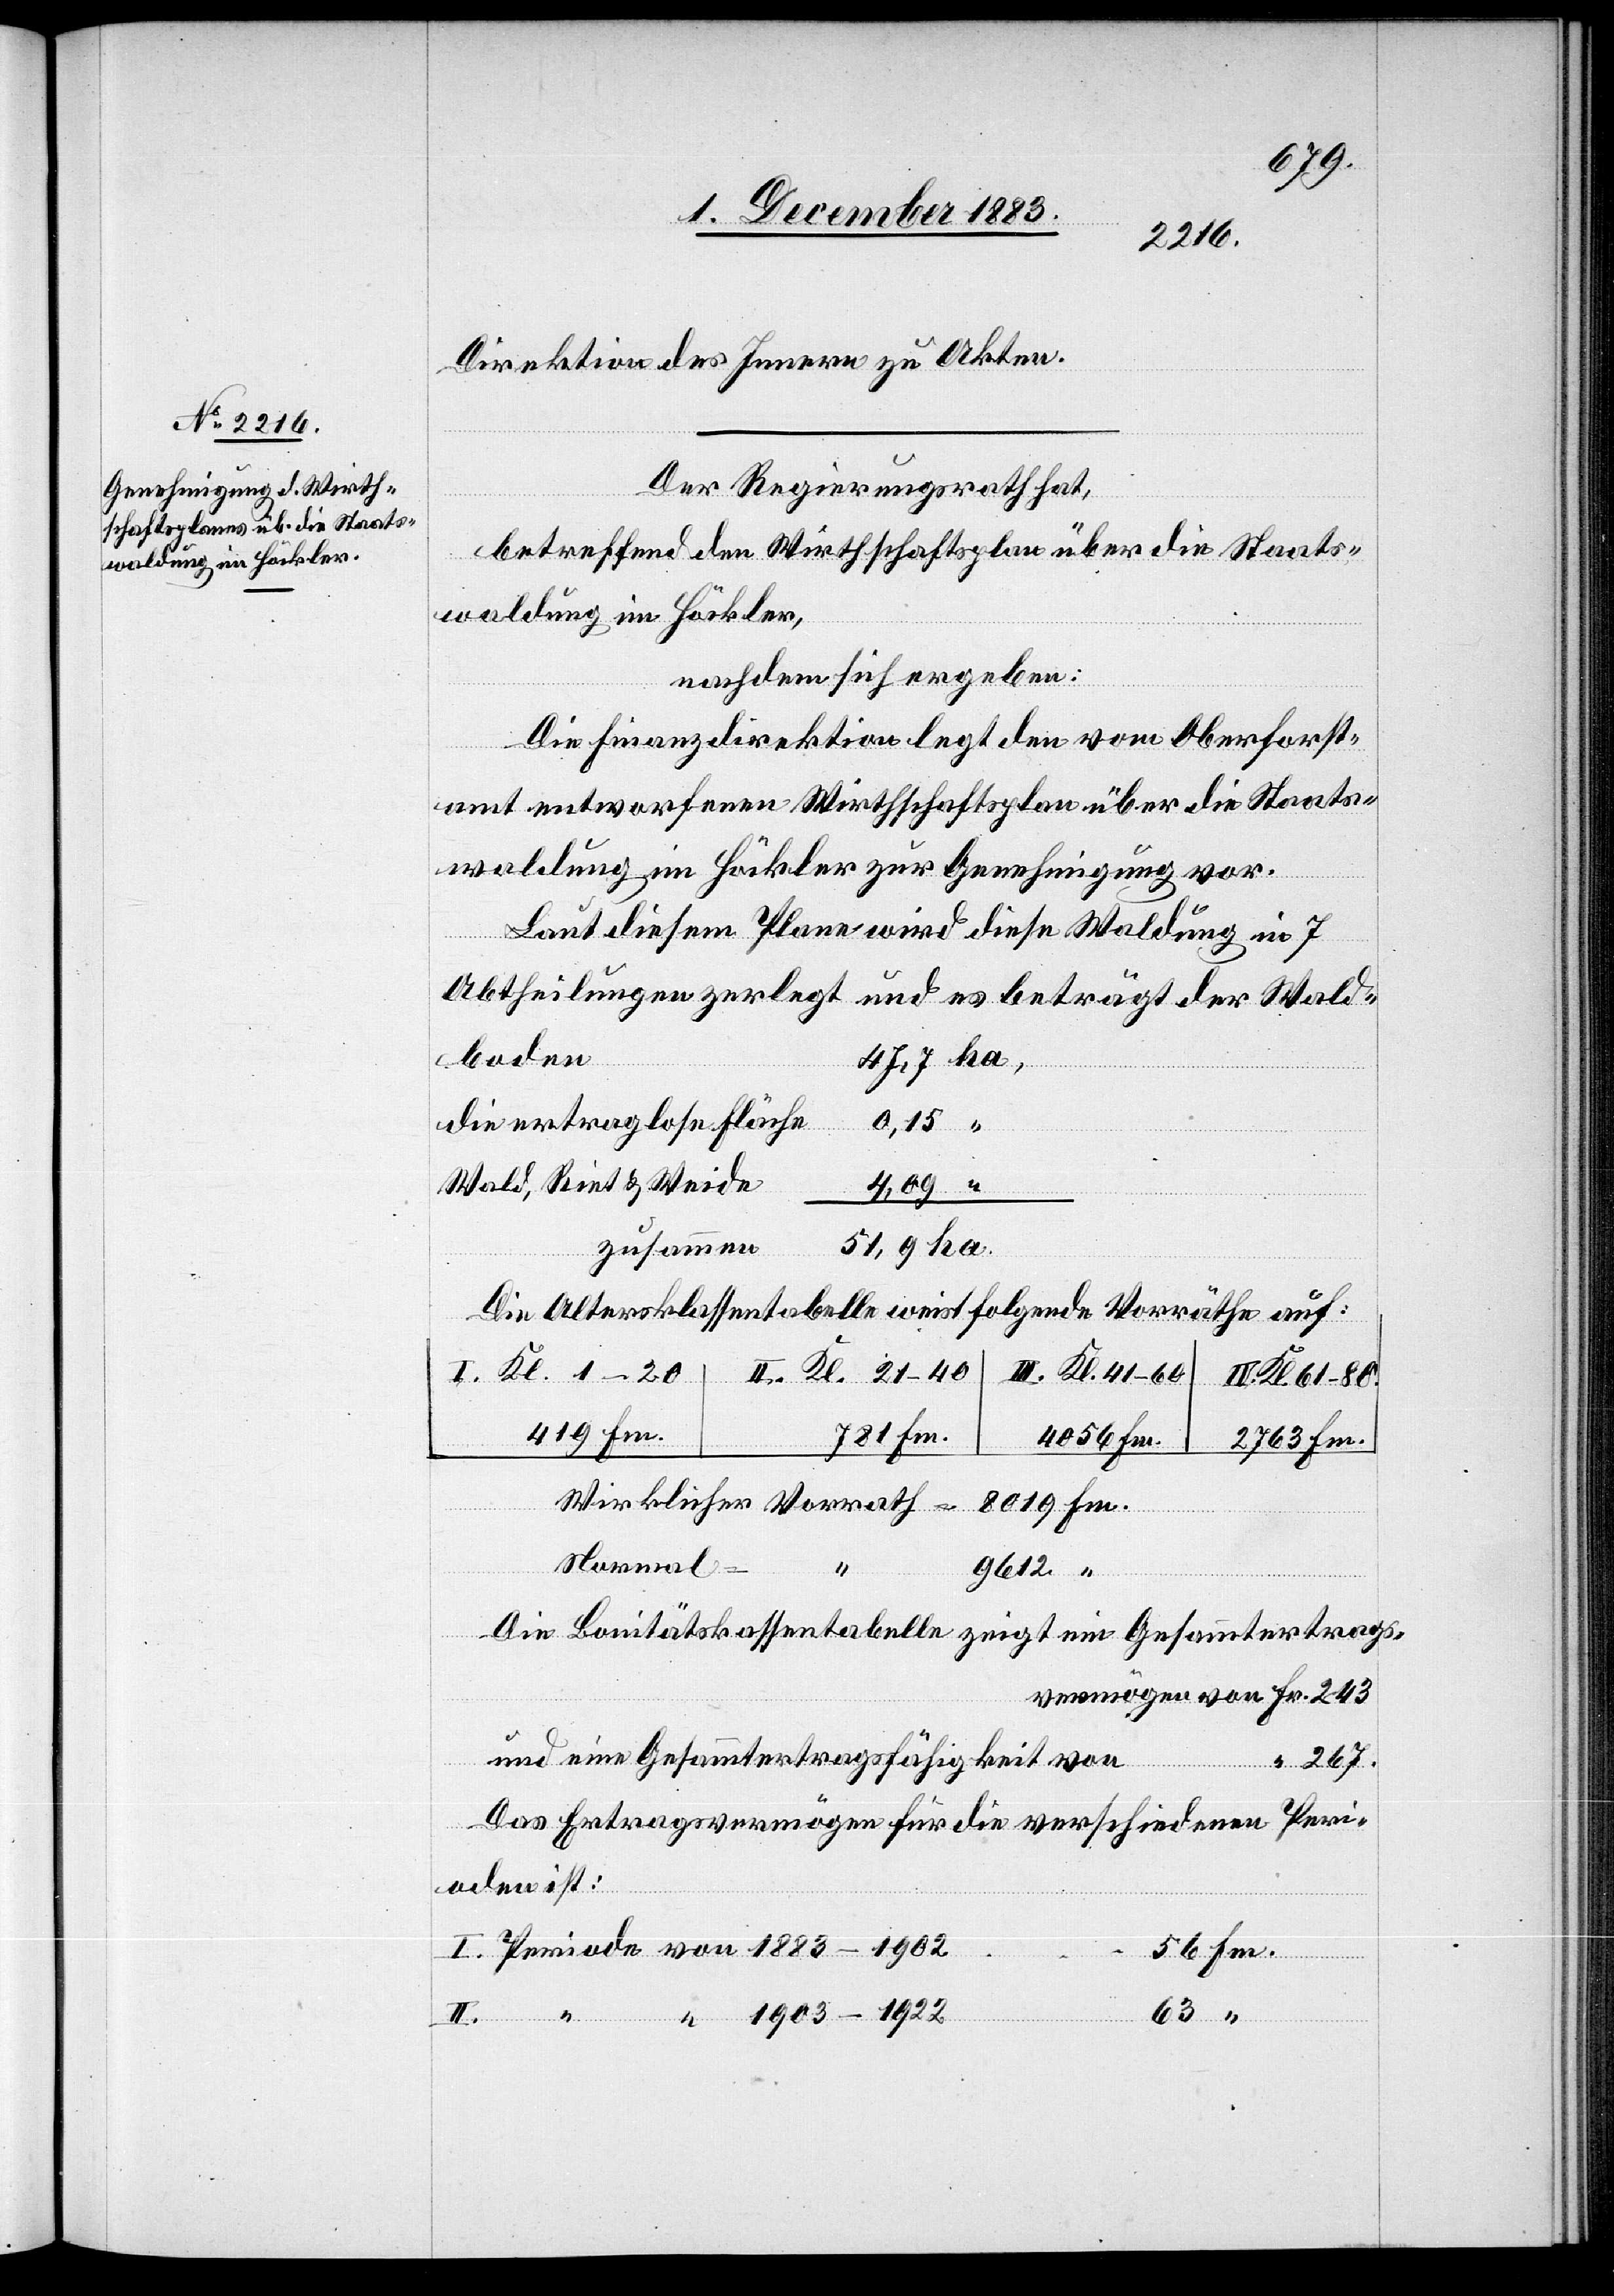
Direktion des Innern zu Akten.
Der Regierungsrath hat,
betreffend den Wirthschaftsplan über die Staats¬
waldung im Höckler,
nachdem sich ergeben:
Periode
Die Finanzdirektion legt den vom Oberforst¬
“
amtentworfene Wirthschaftsplan über die Staats¬
waldung, im Höckler zur Genehmigung vor.
von
Laut diesem Plane wird diese Waldung in 7
die ertragslose Fläche
0,15
I.
Wald, Riet & Weide
4,09
zusammen
Die Altersklassentabelle weist folgende Vorräthe auf:
III. Kl. 41–60
IV. Kl. 61–80.
419 Fm.
2763 Fm.
Wirklicher Vorrath
8019 Fm.
Normal-
II.
9612 “
Die Sanitätskassentabelle zeigt ein Gesammtertrags¬
vermögen von Fm. 243
und eine Gesammtertragsfähigkeit von
“ 267.
Fm.
Das Ertragsvermögen für die verschiedenen Peri¬
oden ist:
1903–1922